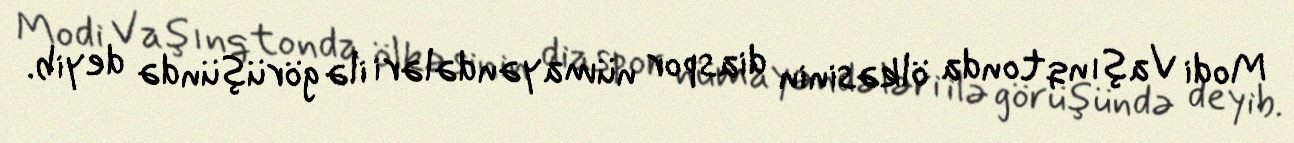
Modi Vaşınqtonda ölkəsinin diaspor nümayəndələri ilə görüşündə deyib.